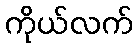
ကိုယ်လက်